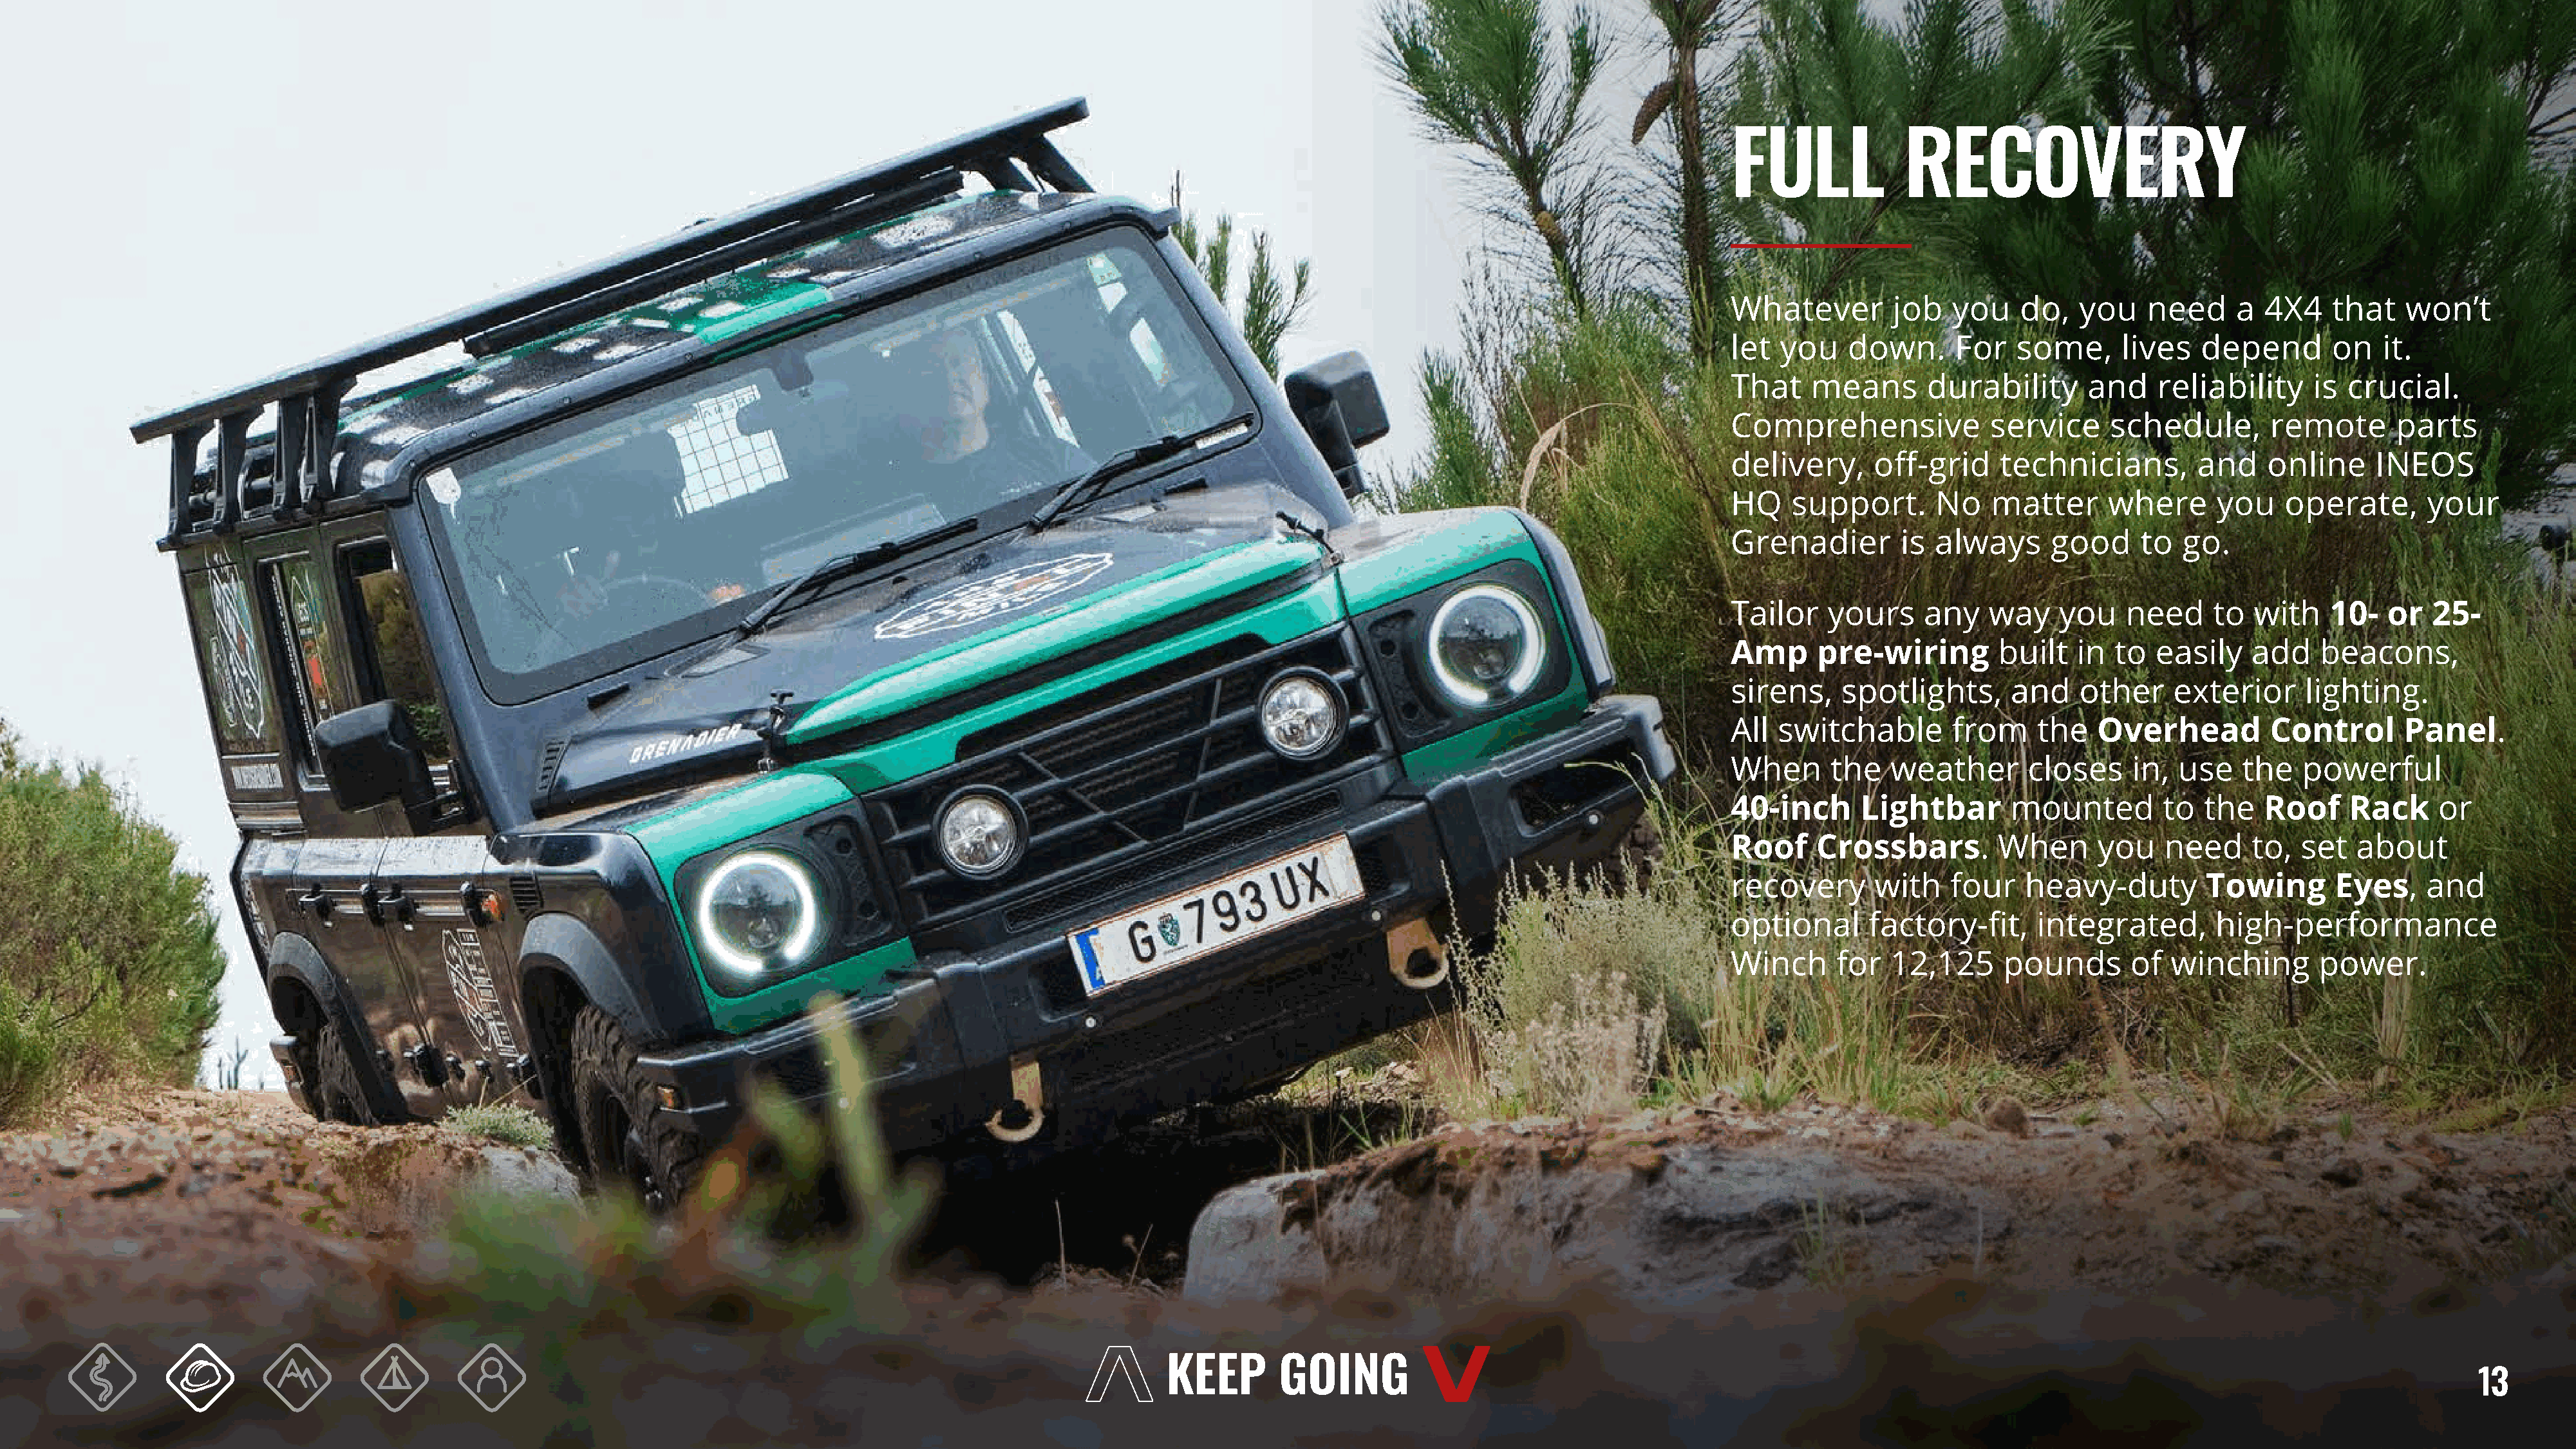
FULL              RECOVERY
 Whatever         job   you    do,   you    need     a  4X4    that   won’t
 let  you    down.      For   some,      lives   depend        on   it.
 That    means       durability       and    reliability     is crucial.
 Comprehensive              service     schedule,       remote       parts
 delivery,      off-grid     technicians,        and    online     INEOS
 HQ    support.       No    matter      where      you    operate,       your
 Grenadier        is  always      good     to  go.
 Tailor    yours     any   way     you    need     to  with   10-   or   25-
 Amp      pre-wiring        built   in  to   easily   add    beacons,
 sirens,    spotlights,       and    other    exterior      lighting.
 All  switchable        from    the    Overhead         Control       Panel.
 When      the   weather       closes     in,  use    the   powerful
 40-inch      Lightbar        mounted        to   the   Roof    Rack      or
 Roof     Crossbars.        When       you   need     to,   set  about
 recovery       with   four    heavy-duty         Towing       Eyes,    and
 optional      factory-fit,     integrated,        high-performance
 Winch      for  12,125      pounds       of  winching       power.
 13